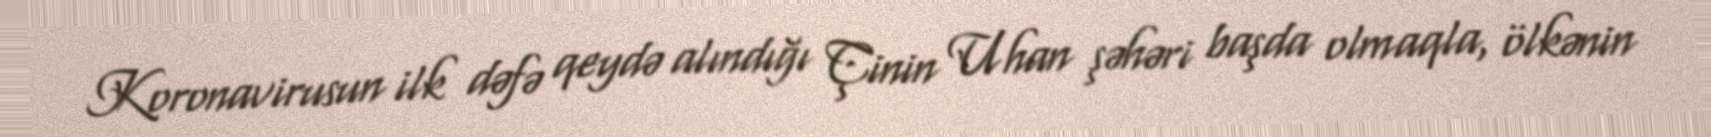
Koronavirusun ilk dəfə qeydə alındığı Çinin Uhan şəhəri başda olmaqla, ölkənin